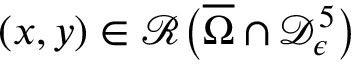
( x , y ) \in \mathcal { R } \big ( \overline { { \Omega } } \cap \mathcal { D } _ { \epsilon } ^ { 5 } \big )